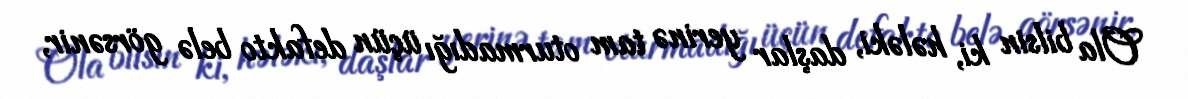
Ola bilsin ki, hələki, daşlar yerinə tam oturmadığı üçün defakto belə görsənir,